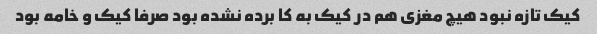
کیک تازه نبود هیچ مغزی هم در کیک به کا برده نشده بود صرفا کیک و خامه بود